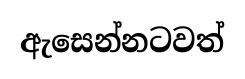
ඇසෙන්නටවත්